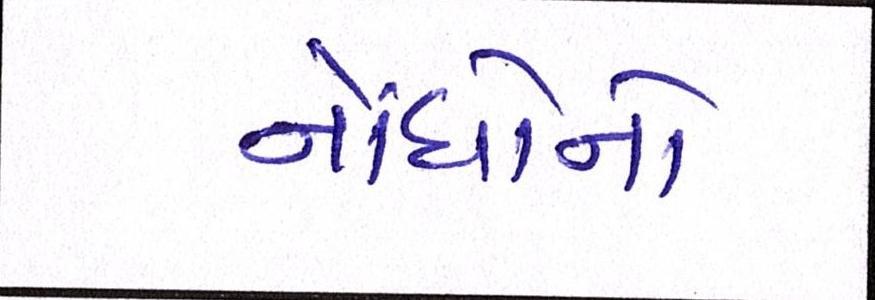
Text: નોંધોનો